Indian journal of veterinary science and animal husbandry - Volume 13,
Year: 1943
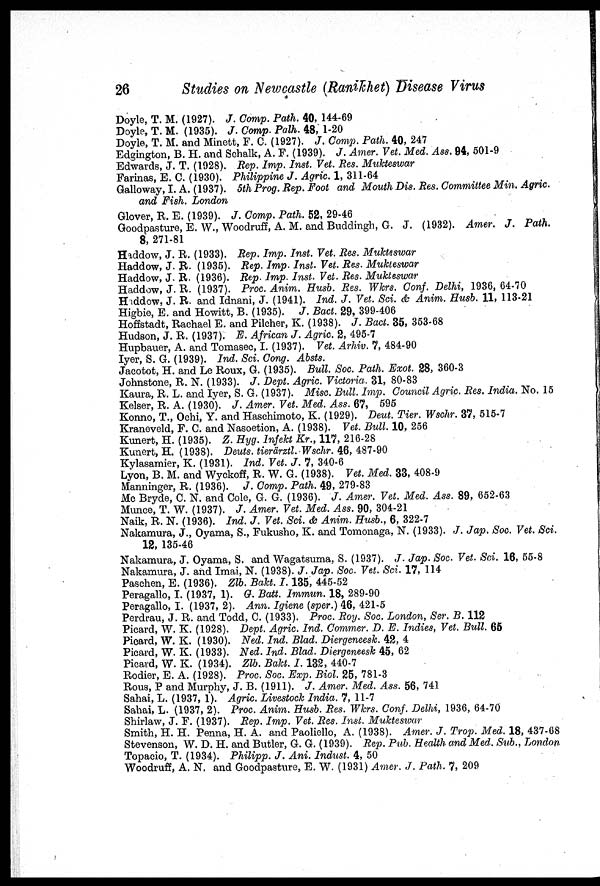
26
Studies on Newcastle (Ranikhet) Disease Virus
Doyle, T. M. (1927). J. Comp. Path. 40, 144-69
Doyle, T. M. (1935). J. Comp. Palh. 48, 1-20
Doyle, T. M. and Minett, F. C. (1927). J. Comp. Path. 40, 247
Edgington, B. H. and Schalk, A. F. (1939). J. Amer. Vet. Med. Ass. 94, 501-9
Edwards, J. T. (1928). Rep. Imp. Inst. Vet. Res. Mukteswar
Farinas, E. C. (1930). Philippine J. Agric. 1, 311-64
Galloway, I. A. (1937). 5th Prog. Rep. Foot and Mouth Dis. Res. Committee Min. Agric.
and Fish. London
Glover, R. E. (1939). J. Comp. Path. 52, 29-46
Goodpasture, E. W., Woodruff, A. M. and Buddingh, G. J. (1932). Amer. J. Path.
8, 271-81
Haddow, J. R. (1933). Rep. Imp. Inst. Vet. Res. Mukteswar
Haddow, J. R. (1935). Rep. Imp. Inst. Vet. Res. Mukteswar
Haddow, J. R. (1936). Rep. Imp. Inst. Vet. Res. Mukteswar
Haddow, J. R. (1937). Proc. Anim. Husb. Res. Wkrs. Conf. Delhi, 1936, 64-70
Haddow, J. R. and Idnani, J. (1941). Ind. J. Vet. Sci. & Anim. Husb. 11, 113-21
Higbie, E. and Howitt, B. (1935). J. Bact. 29, 399-406
Hoffstadt, Rachael E. and Pilcher, K. (1938). J. Bact. 35, 353-68
Hudson, J. R. (1937). E. African J. Agric. 2, 495-7
Hupbauer, A. and Tomasec, I. (1937). Vet. Arhiv. 7, 484-90
Iyer, S. G. (1939). Ind. Sci. Cong. Absts.
Jacotot, H. and Le Roux, G. (1935). Bull. Soc. Path. Exot. 28, 360-3
Johnstone, R. N. (1933). J. Dept. Agric. Victoria. 31, 80-83
Kaura, R. L. and Iyer, S. G. (1937). Misc. Bull. Imp. Council Agric. Res. India. No. 15
Kelser, R. A. (1930). J. Amer. Vet. Med. Ass. 67, 595
Konno, T., Ochi, Y. and Haschimoto, K. (1929). Deut. Tier. Wschr. 37, 515-7
Kraneveld, F. C. and Nasoetion, A. (1938). Vet. Bull. 10, 256
Kunert, H. (1935). Z. Hyg. Infekt Kr., 117, 216-28
Kunert, H. (1938). Deuts. tierärztl. Wschr. 46, 487-90
Kylasamier, K. (1931). Ind. Vet. J. 7, 340-6
Lyon, B. M. and Wyckoff, R. W. G. (1938). Vet. Med. 33, 408-9
Manninger, R. (1936). J. Comp. Path. 49, 279-83
Mc Bryde, C. N. and Cole, G. G. (1936). J. Amer. Vet. Med. Ass. 89, 652-63
Munce, T. W. (1937). J. Amer. Vet. Med. Ass. 90, 304-21
Naik, R. N. (1936). Ind. J. Vet. Sci. & Anim. Husb., 6, 322-7
Nakamura, J., Oyama, S., Fukusho, K. and Tomonaga, N. (1933). J. Jap. Soc. Vet. Sci.
12, 135-46
Nakamura, J. Oyama, S. and Wagatsuma, S. (1937). J. Jap. Soc. Vet. Sci. 16, 55-8
Nakamura, J. and Imai, N. (1938). J. Jap. Soc. Vet. Sci. 17, 114
Paschen, E. (1936). Zlb. Bakt. I.135, 445-52
Peragallo, I. (1937, 1). G. Batt. Immun. 18, 289-90
Peragallo, I. (1937, 2). Ann. Igiene (sper.) 46, 421-5
Perdrau, J. R. and Todd, C. (1933). Proc. Roy. Soc. London, Ser. B. 112
Picard, W. K. (1928). Dept. Agric. Ind. Commer. D. E. Indies, Vet. Bull. 65
Picard, W. K. (1930). Ned. Ind. Blad. Diergeneesk. 42, 4
Picard, W. K. (1933). Ned. Ind. Blad. Diergeneesk 45, 62
Picard, W. K. (1934). Zlb. Bakt. I. 132, 440-7
Rodier, E. A. (1928). Proc. Soc. Exp. Biol. 25, 781-3
Rous, P and Murphy, J. B. (1911). J. Amer. Med. Ass. 56, 741
Sahai, L. (1937, 1). Agric. Livestock India. 7, 11-7
Sahai, L. (1937, 2). Proc. Anim. Husb. Res. Wkrs. Conf. Delhi, 1936, 64-70
Shirlaw, J. F. (1937). Rep. Imp. Vet. Res. Inst. Mukteswar
Smith, H. H. Penna, H. A. and Paoliello, A. (1938). Amer. J. Trop. Med. 18, 437-68
Stevenson, W. D. H. and Butler, G. G. (1939). Rep. Pub. Health and Med. Sub., London
Topacio, T. (1934). Philipp. J. Ani. Indust. 4, 50
Woodruff, A. N. and Goodpasture, E. W. (1931) Amer. J. Path. 7, 209